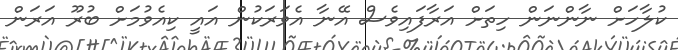
ކުލާހަށް ނާންނަން ހިތަށް އަރާފައިވެސް އޭނާ އެވަރަކުން އައީ ކިއެވުމަށް ބުރޫ އަރަން